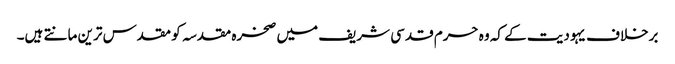
برخلاف یہودیت کے کہ وہ حرم قدسی شریف میں صخرہ مقدسہ کو مقدس ترین مانتے ہیں۔